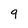
Character: 9